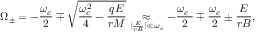
\Omega _ { \pm } = - \frac { \omega _ { c } } { 2 } \mp \sqrt { \frac { \omega _ { c } ^ { 2 } } { 4 } - \frac { q E } { r M } } \underset { | \frac { E } { r B } | \ll \omega _ { c } } { \approx } - \frac { \omega _ { c } ~ } { 2 } \mp \frac { \omega _ { c } } { 2 } \pm \frac { E } { r B } ,